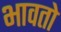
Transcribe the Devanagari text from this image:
भावतो